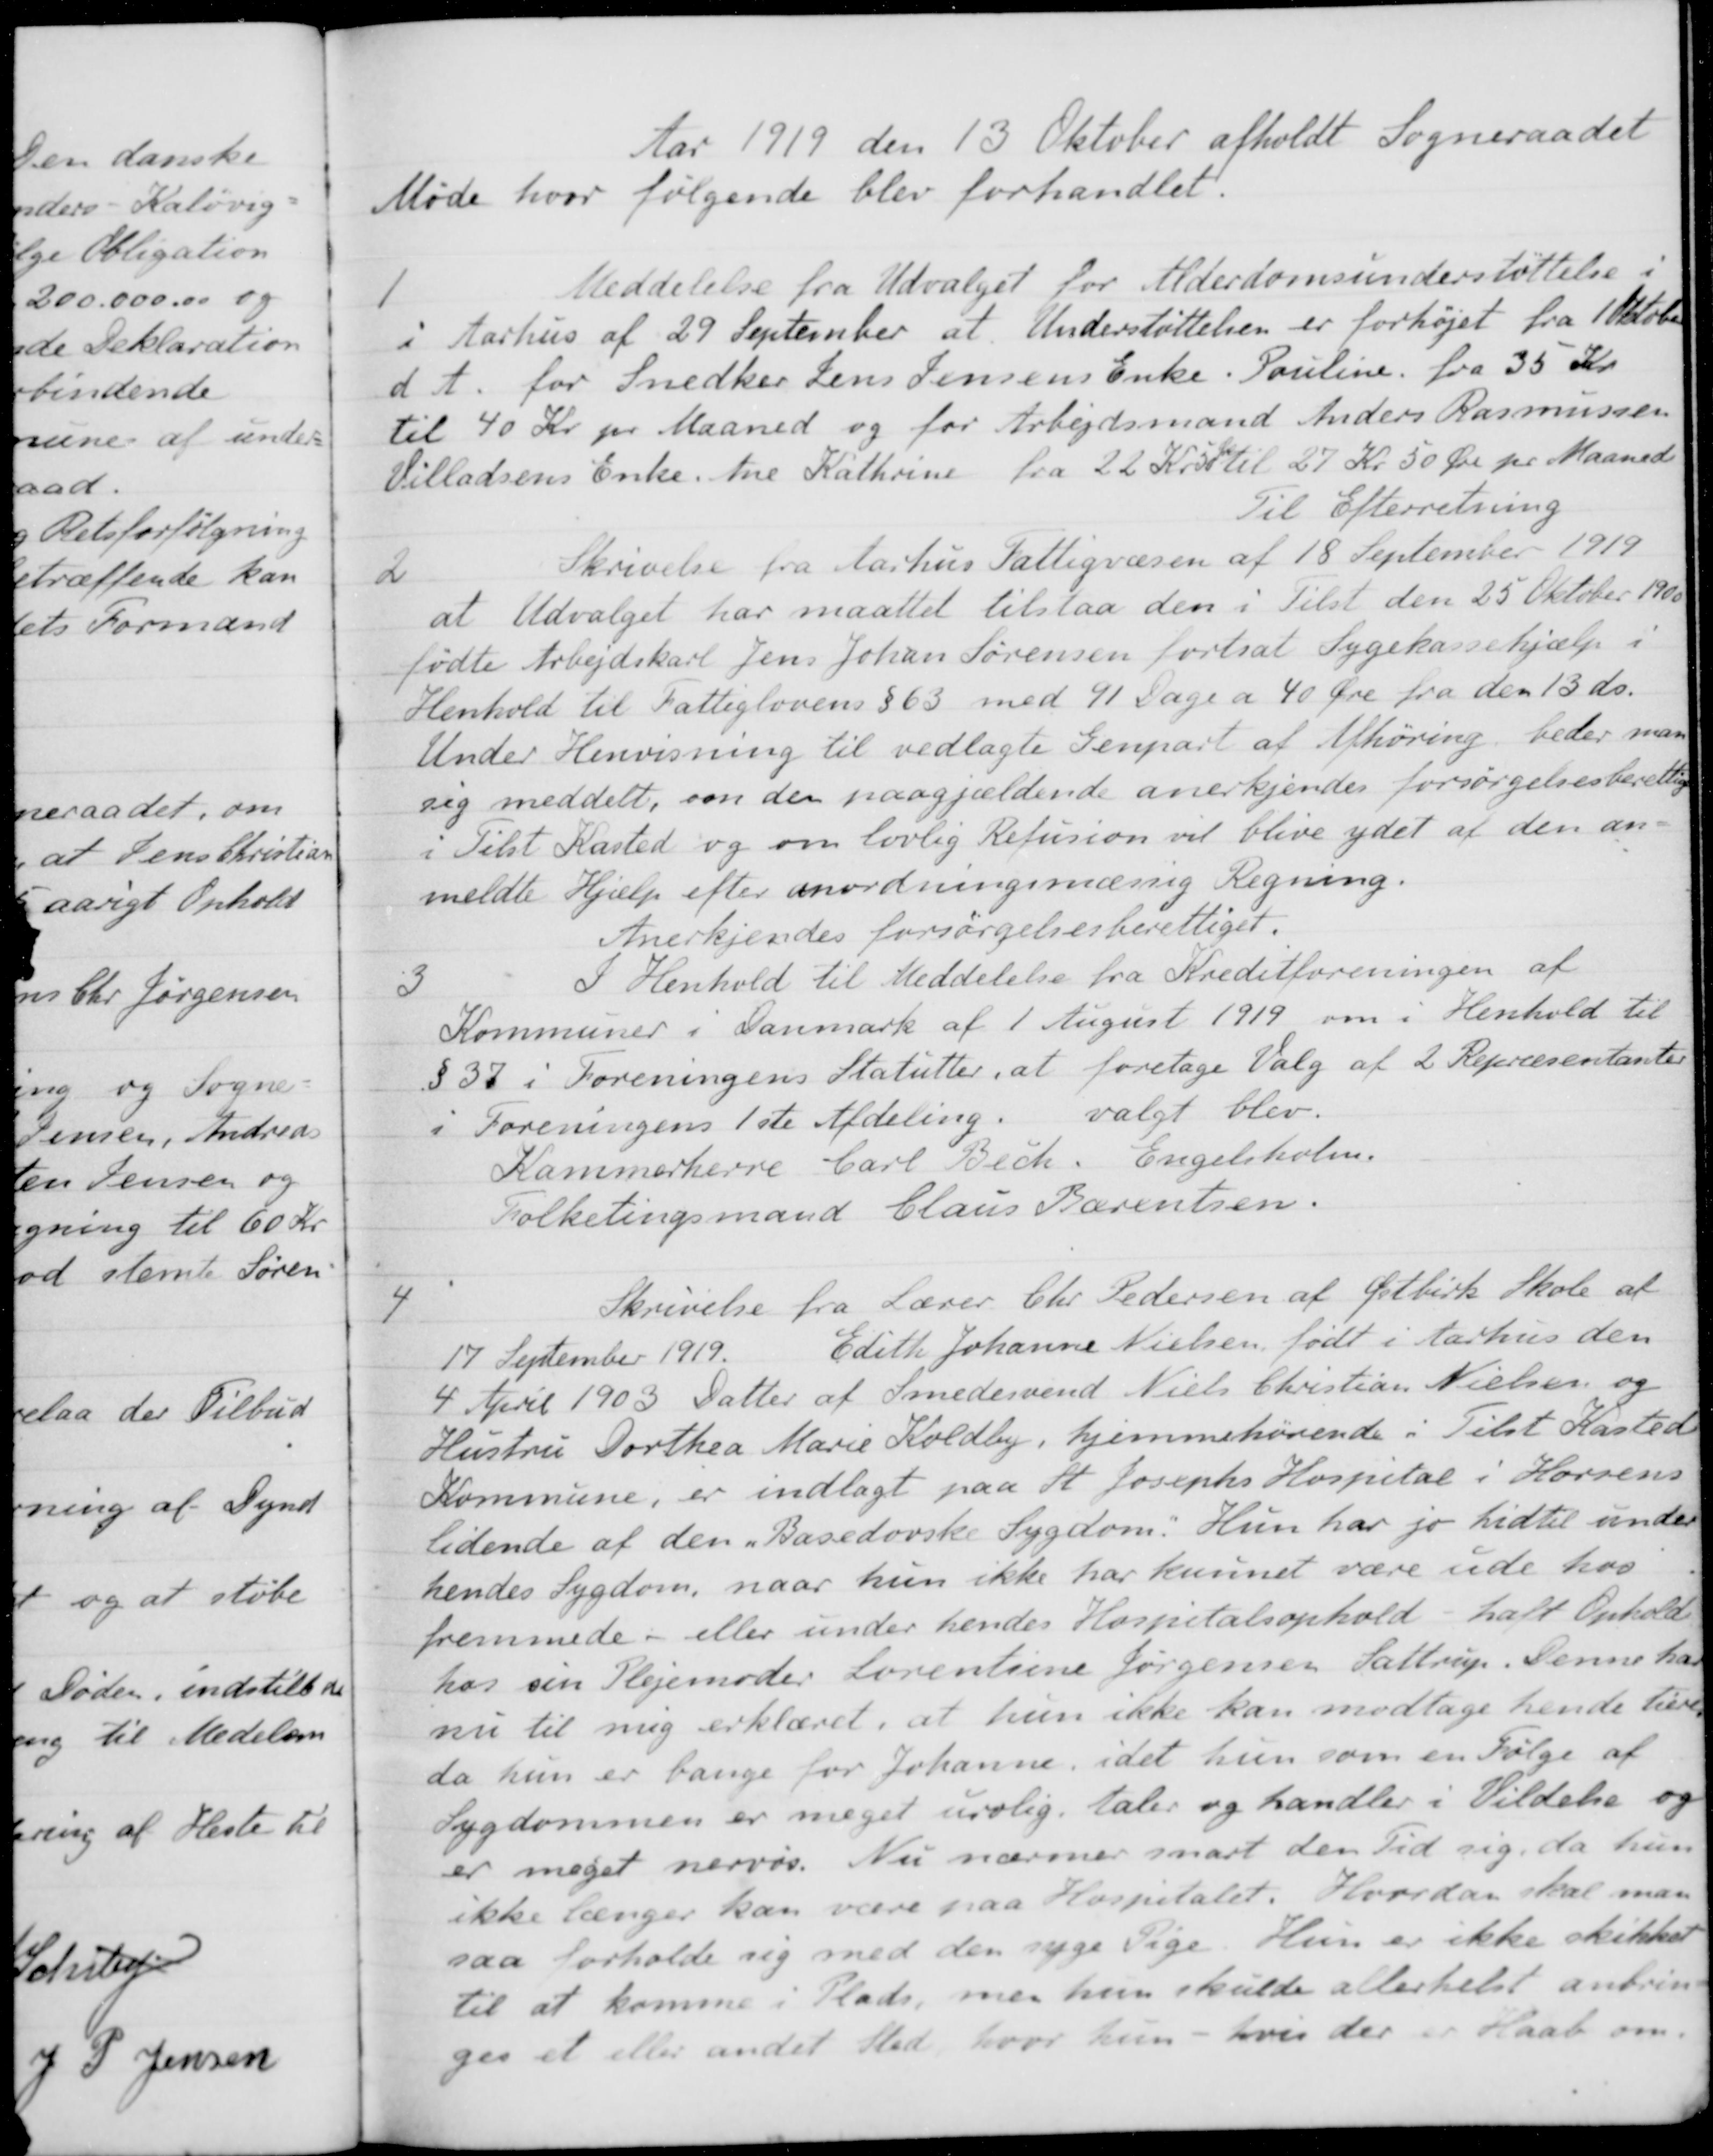
Transskription:
Aar 1919 den 13 Oktober afholdt Sogneraadet
Møde hvor følgende blev forhandlet.
1
Meddelelse fra Udvalget for Alderdomsunderstøttelse i
i Aarhus af 29 September at Understøttelsen er forhøjet fra 1 Oktober
d. A. for Snedker Jens Jensens Enke. Pouline fra 35 Kr.
til 40 Kr pr Maaned og for Arbejdsmand Anders Rasmussen
Villadsens Enke. Ane Kathrine fra 22 Kr 50øre til 27 Kr. 50 Øre pr. Maaned
Til Efterretning
2
Skrivelse fra Aarhus Fattigvæsen af 18 September 1919
at Udvalget har maattet tilstaa den i Tilst den 25 Oktober 1900
fødte Arbejdskarl Jens Johan Sørensen fortsat Sygekassehjælp i
Henhold til Fattiglovens § 63 med 91 Dage a 40 Øre fra den 13 ds.
Under Henvisning til vedlagte Genpart af Afhøring, beder man
sig meddelt, om der paagjældende anerkjendes forsørgelsesberettiget
i Tilst Kasted og om lovlig Refusion vil blive ydet af den an-
meldte Hjælp efter anordningsmæssig Regning.
Anerkjendes forsørgelsesberettiget.
3
I Henhold til Meddelelse fra Kreditforeningen af
Kommuner i Danmark af 1 August 1919 om i Henhold til
§ 37 i Foreningens Statutter, at foretage Valg af 2 Repræsentanter
i Foreningens 1ste Afdeling valgt blev
Kammerherre Carl Bech. Engelsholm.
Folketingsmand Claus Bærentsen.
4
Skrivelse fra Lærer Chr. Pedersen af Østbirk Skole af
17 September 1919
Edith Johanne Nielsen, født i Aarhus den
4 April 1903 Datter af Smedesvend Niels Christian Nielsen og
Hustru Dorthea Marie Koldby, hjemmehørende i Tilst Kasted
Kommune, er indlagt paa St Josephs Hospital i Horsens
tidende af den „Basedovske Sygdom". Hun har jo hidtil under
hendes Sygdom, naar hun ikke har kunnet være ude hos
fremmede - eller under hendes Hospitalsophold - haft Ophold
hos sin Plejemoder Lorentsine Jørgensen Sattrup. Denne har
nu til mig erklæret, at hun ikke kan modtage hende mere,
da hun er bange for Johanne, idet hun som en Følge af
Sygdommen er meget urolig, taler og handler i Vildelse og
er meget nervøs. Nu nærmer snart den Tid sig, da hun
ikke længer kan være paa Hospitalet. Hvordan skal man
saa forholde sig med den syge Pige. Hun er ikke skikket
til at komme i Plads, men hun skulde allerhelst anbrin-
ges et eller andet Sted hvor hun - hvis der er Haab om